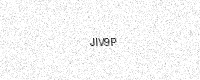
Text: JIV9P